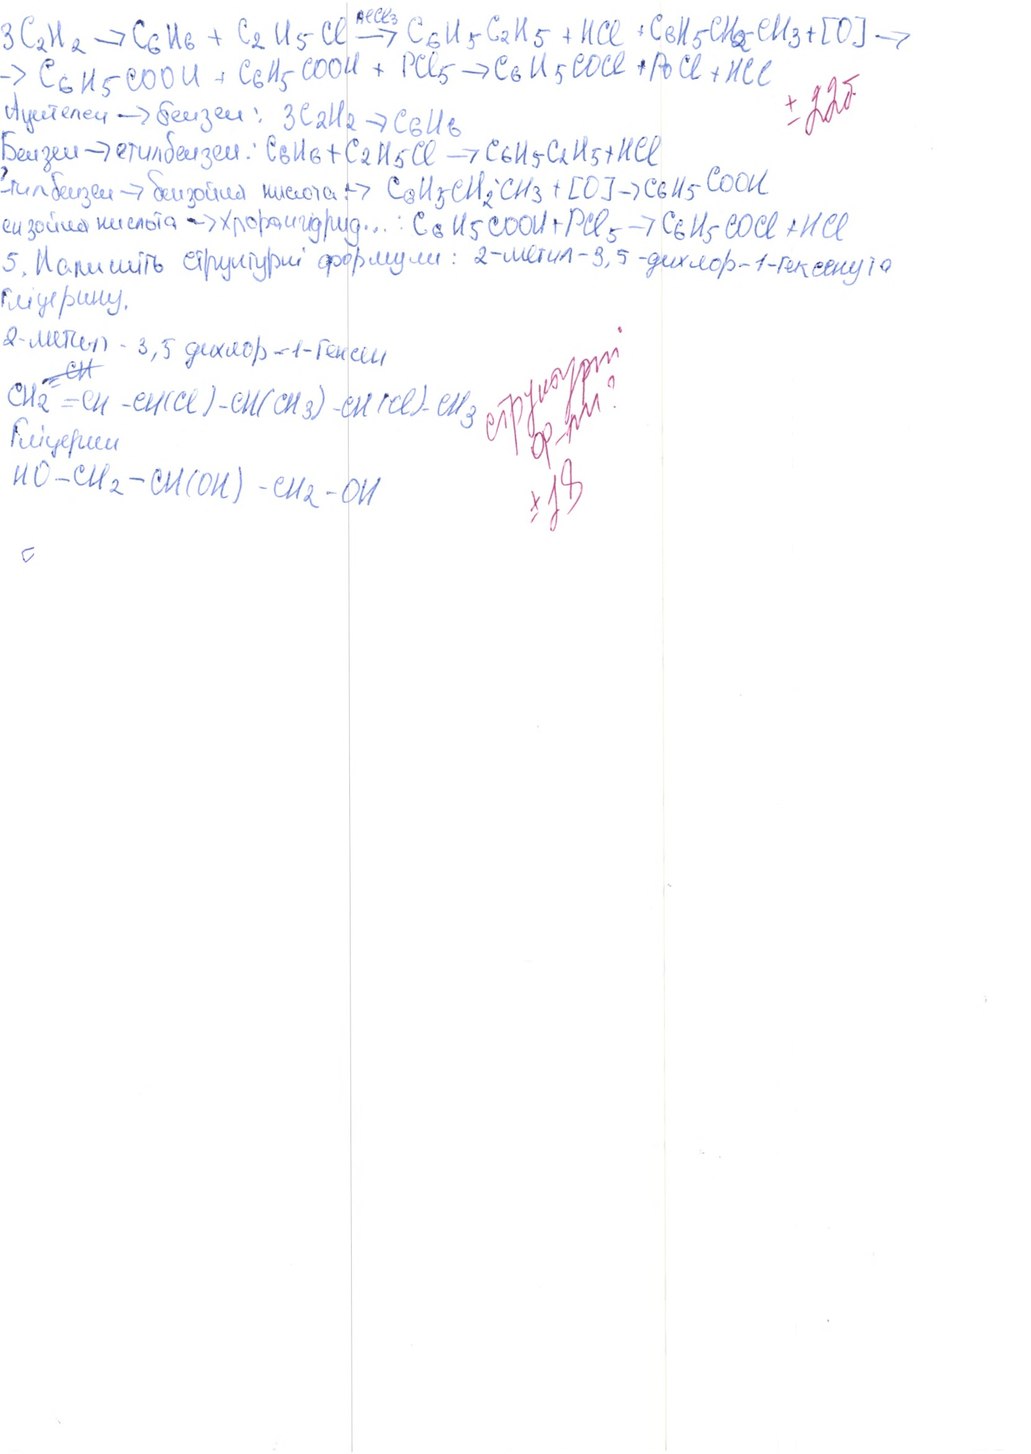
3 C2H2 →
 C6H6 + C2H5Cl AlCl3 →
 C6H5C2H5 + HCl + C6H5CH2-CH3 + [O] →
→ C6H5COOH + C6H5COOH + PCl5  → C6H5COCl + POCl + HCl
± 22 б
Ацетилен → бензен: 3C2H2 → C6H6
Бензен → етилбензен: C6H6 + C2H5Cl → C6H5C2H5 + HCl
етилбензен → бензойна кислота → C6H5CH2CH3 + [O] → C6H5COOH
Бензойна кислота хлорангідрид ...: C6H5COOH + PCl5  → C6H5COCl + HCl
5. Напишіть структурні формули: 2-метил-3, 5-дихлор-1-гексену та
Гліцерину.
2-метил-3,5 дихлор-1-гексен
структурні ф-ли ? ±18
CH2~~=CH~~=CH-CH(Cl)-CH(CH3)-CH(Cl)-CH3
Гліцерин
HO-CH2-CH(OH)-CH2-OH